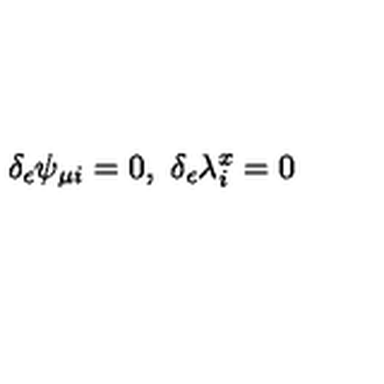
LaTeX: \delta _ { \epsilon } \psi _ { \mu i } = 0 , \ \delta _ { \epsilon } \lambda _ { i } ^ { x } = 0